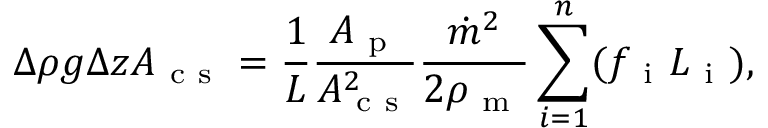
\Delta \rho g \Delta z A _ { \mathrm { ~ c ~ s ~ } } = \frac { 1 } { L } \frac { A _ { \mathrm { ~ p ~ } } } { A _ { \mathrm { ~ c ~ s ~ } } ^ { 2 } } \frac { \dot { m } ^ { 2 } } { 2 \rho _ { \mathrm { ~ m ~ } } } \sum _ { i = 1 } ^ { n } ( f _ { \mathrm { ~ i ~ } } L _ { \mathrm { ~ i ~ } } ) ,